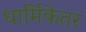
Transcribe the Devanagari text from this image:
धार्मिकेतर